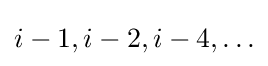
i-1,i-2,i-4,\ldots